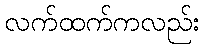
လက်ထက်ကလည်း